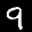
Label: 9